Annual report of lunatic asylums [Bombay] - 1912-1922
Year: 1912
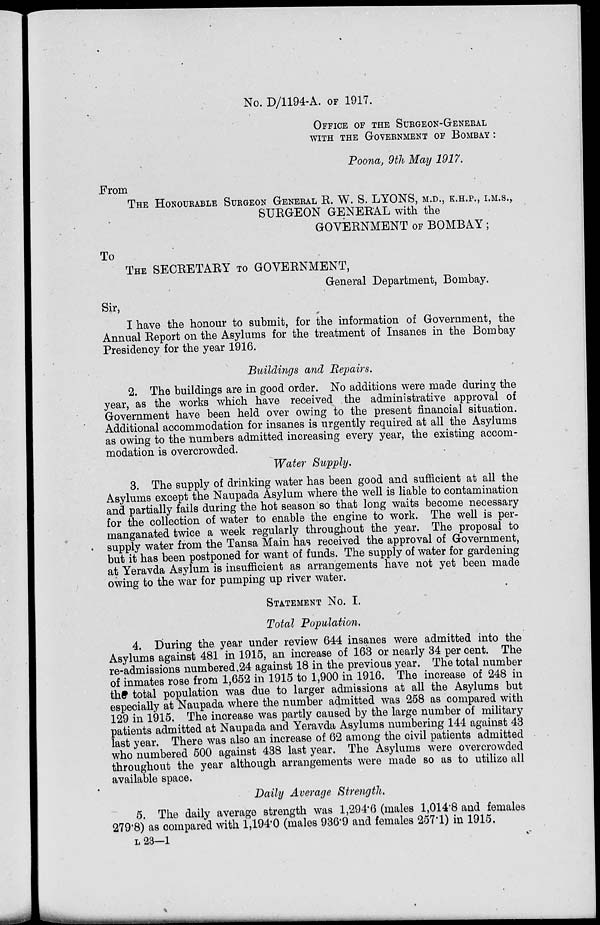
No. D/1194-A. OF 1917.
OFFICE OF THE SURGEON-GENERAL
WITH THE GOVERNMENT OF BOMBAY :
Poona, 9th May 1917.
From
THE HONOURABLE SURGEON GENERAL R. W. S. LYONS, M.D., K.H.P., I.M.S.,
SURGEON GENERAL with the
GOVERNMENT OF BOMBAY;
To
THE SECRETARY TO GOVERNMENT,
General Department, Bombay.
Sir,
I have the honour to submit, for the information of Government, the
Annual Report on the Asylums for the treatment of Insanes in the Bombay
Presidency for the year 1916.
Buildings and Repairs.
2. The buildings are in good order. No additions were made during the
year, as the works which have received the administrative approval of
Government have been held over owing to the present financial situation.
Additional accommodation for insanes is urgently required at all the Asylums
as owing to the numbers admitted increasing every year, the existing accom-
modation is overcrowded.
Water Supply.
3. The supply of drinking water has been good and sufficient at all the
Asylums except the Naupada Asylum where the well is liable to contamination
and partially fails during the hot season so that long waits become necessary
for the collection of water to enable the engine to work. The well is per-
manganated twice a week regularly throughout the year. The proposal to
supply water from the Tansa Main has received the approval of Government,
but it has been postponed for want of funds. The supply of water for gardening
at Yeravda Asylum is insufficient as arrangements have not yet been made
owing to the war for pumping up river water.
STATEMENT NO. I.
Total Population.
4. During the. year under review 644 insanes were admitted into the
Asylums against 481 in 1915, an increase of 163 or nearly 34 per cent. The
re-admissions numbered 24 against 18 in the previous year. The total number
of inmates rose from 1,652 in 1915 to 1,900 in 1916. The increase of 248 in
the total population was due to larger admissions at all the Asylums but
especially at Naupada where the number admitted was 258 as compared with
129 in 1915. The increase was partly caused by the large number of military
patients admitted at Naupada and Yeravda Asylums numbering 144 against 43
last year. There was also an increase of 62 among the civil patients admitted
who numbered 500 against 438 last year. The Asylums were overcrowded
throughout the year although arrangements were made so as to utilize all
available space.
Daily Average Strength.
5. The daily average strength was 1,294.6 (males 1,014.8 and females
279.8) as compared with 1,194.0 (males 936.9 and females 257.1) in 1915.
L 23—1